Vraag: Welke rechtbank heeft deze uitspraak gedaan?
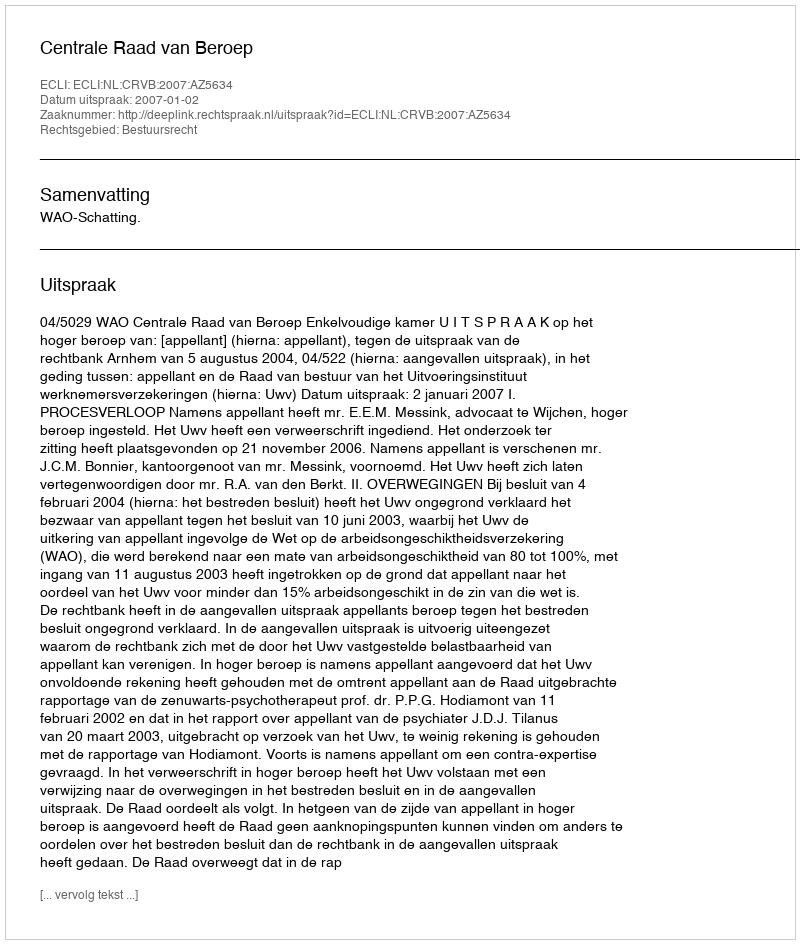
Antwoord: Centrale Raad van Beroep